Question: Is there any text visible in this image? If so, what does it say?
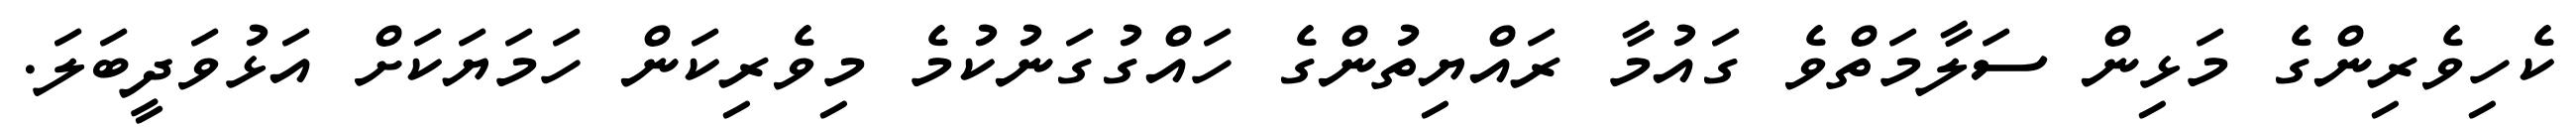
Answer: ކެހިވެރިންގެ މަޅިން ސަލާމަތްވެ ގައުމާ ރައްޔިތުންގެ ހައްގުގަނުކުމެ މިވެރިކަން ހަމަޔަކަށް އަޅުވަދީބަލަ.